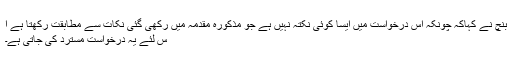
بنچ نے کہاکہ چونکہ اس درخواست میں ایسا کوئی نکتہ نہیں ہے جو مذکورہ مقدمہ میں رکھی گئی نکات سے مطابقت رکھتا ہے ا
س لئے یہ درخواست مسترد کی جاتی ہے۔